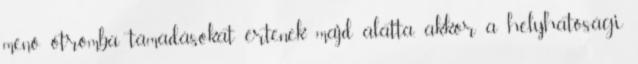
menő otromba támadásokat értenek majd alatta, akkor a helyhatósági